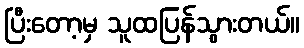
ပြီးတော့မှ သူထပြန်သွားတယ်။